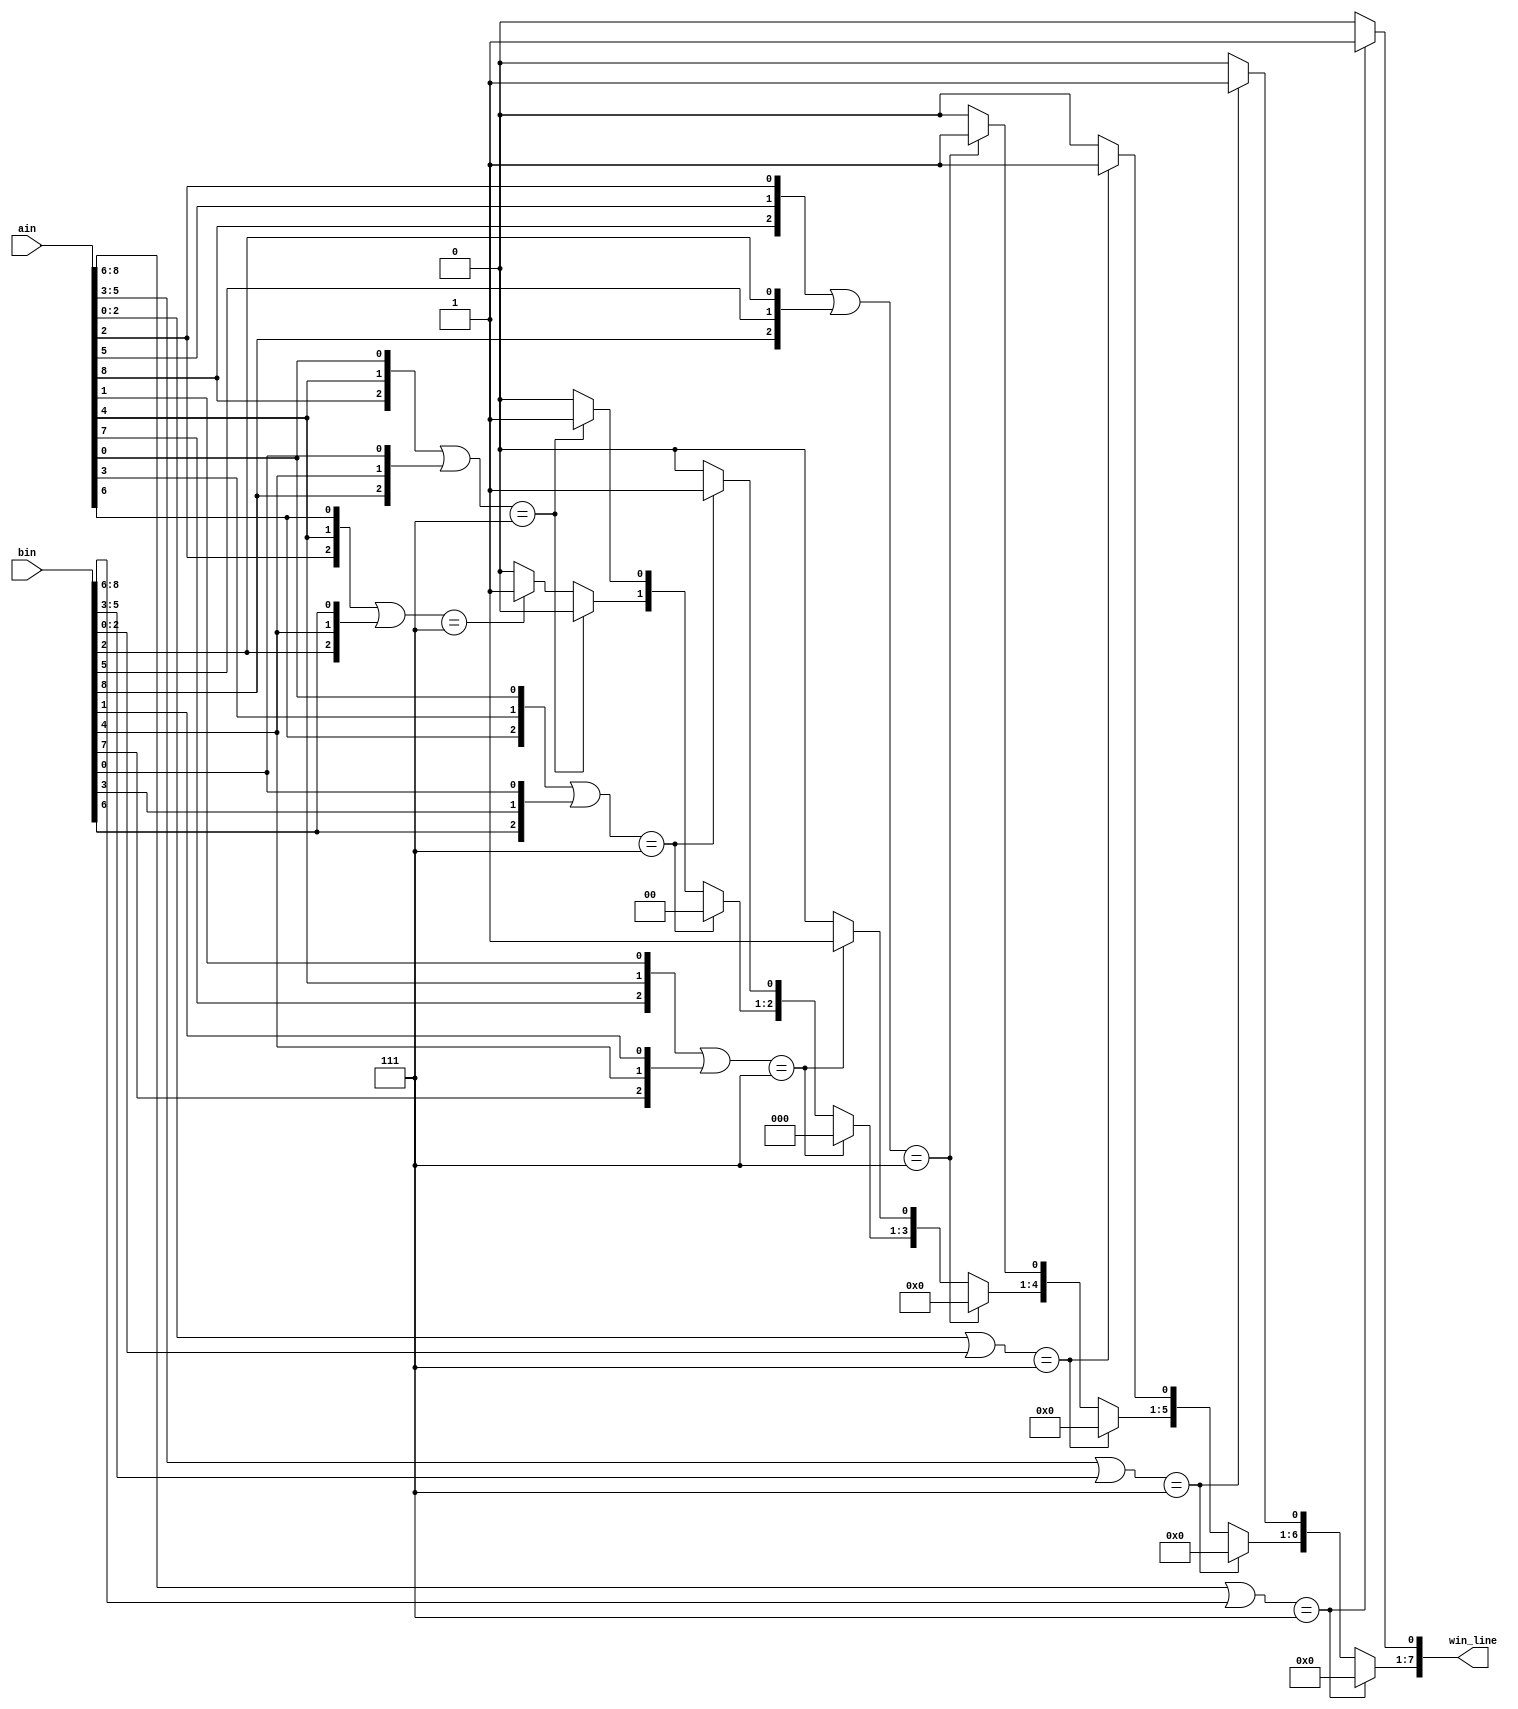
// DetectWinner
// Detects whether either ain or bin has three in a row 
// Inputs:
//   ain, bin - (9-bit) current positions of type a and b
// Out:
//   win_line - (8-bit) if A/B wins, one hot indicates along which row, col or diag
//   win_line(0) = 1 means a win in row 8 7 6 (i.e., either ain or bin has all ones in this row)
//   win_line(1) = 1 means a win in row 5 4 3
//   win_line(2) = 1 means a win in row 2 1 0
//   win_line(3) = 1 means a win in col 8 5 2
//   win_line(4) = 1 means a win in col 7 4 1
//   win_line(5) = 1 means a win in col 6 3 0
//   win_line(6) = 1 means a win along the downward diagonal 8 4 0
//   win_line(7) = 1 means a win along the upward diagonal 2 4 6

module DetectWinner( input [8:0] ain, bin, output reg [7:0] win_line );
  
  parameter win = 3'b111; // set to clean-up expressions
  
  always @(*) begin // Primary logic for module, on any I/O change checks if a 3-in-a-row exists, if so, assigns 1-hot value to win-line

	win_line = 8'b0; // used to avoid latches(default value), if win_line == 8'b0 after always block, neither player has yet to win
  
	if ((ain[8:6] | bin[8:6]) == win) // Bottom row
		win_line[0] = 1'b1;
	else if ((ain[5:3] | bin[5:3]) == win) // Middle row
		win_line[1] = 1'b1;
	else if ((ain[2:0] | bin[2:0]) == win) // Top row
		win_line[2] = 1'b1;
	else if (({ain[8], ain[5], ain[2]} | {bin[8], bin[5], bin[2]}) == win) // Right column
		win_line[3] = 1'b1;
	else if (({ain[7], ain[4], ain[1]} | {bin[7], bin[4], bin[1]}) == win) // Middle column
		win_line[4] = 1'b1;
	else if (({ain[6], ain[3], ain[0]} | {bin[6], bin[3], bin[0]}) == win) // Left column
		win_line[5] = 1'b1;
	else if (({ain[8], ain[4], ain[0]} | {bin[8], bin[4], bin[0]}) == win) // Downward diag.
		win_line[6] = 1'b1;
	else if (({ain[2], ain[4], ain[6]} | {bin[2], bin[4], bin[6]}) == win) // Upward diag
		win_line[7] = 1'b1;	
  end
endmodule